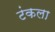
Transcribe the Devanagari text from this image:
टंकला